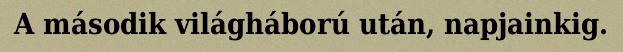
A második világháború után, napjainkig.